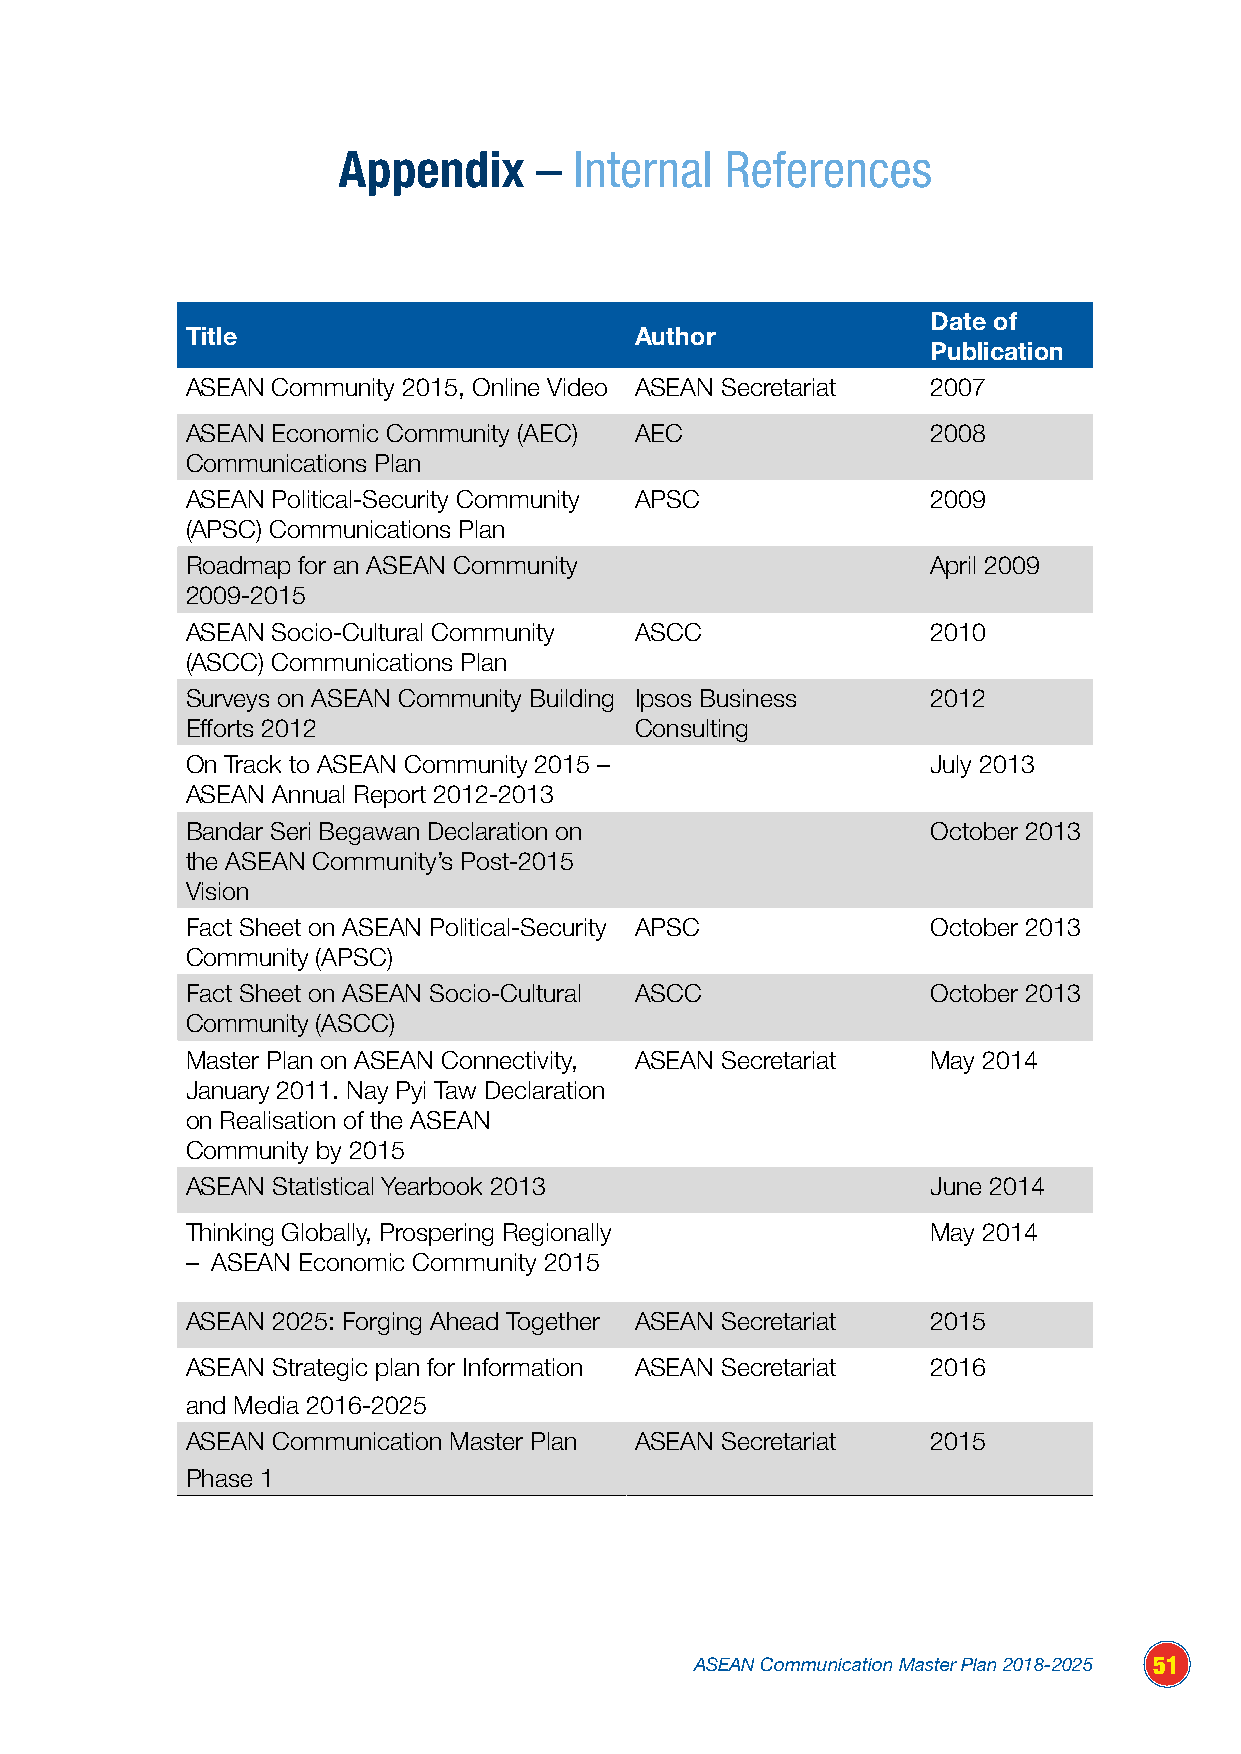
Appendix      – Internal  References
 Date of
 Title                         Author
 Publication
 ASEAN Community 2015, Online Video ASEAN Secretariat 2007
 ASEAN Economic Community (AEC) AEC                2008
 Communications Plan
 ASEAN Political-Security Community APSC           2009
 (APSC) Communications Plan
 Roadmap for an ASEAN Community                    April 2009
 2009-2015
 ASEAN Socio-Cultural Community ASCC               2010
 (ASCC) Communications Plan
 Surveys on ASEAN Community Building Ipsos Business 2012
 Efforts 2012                  Consulting
 On Track to ASEAN Community 2015 –                July 2013
 ASEAN Annual Report 2012-2013
 Bandar Seri Begawan Declaration on                October 2013
 the ASEAN Community’s Post-2015
 Vision
 Fact Sheet on ASEAN Political-Security APSC       October 2013
 Community (APSC)
 Fact Sheet on ASEAN Socio-Cultural ASCC           October 2013
 Community (ASCC)
 Master Plan on ASEAN Connectivity, ASEAN Secretariat May 2014
 January 2011. Nay Pyi Taw Declaration
 on Realisation of the ASEAN
 Community by 2015
 ASEAN Statistical Yearbook 2013                   June 2014
 Thinking Globally, Prospering Regionally          May 2014
 – ASEAN Economic Community 2015
 ASEAN 2025: Forging Ahead Together ASEAN Secretariat 2015
 ASEAN Strategic plan for Information ASEAN Secretariat 2016
 and Media 2016-2025
 ASEAN Communication Master Plan ASEAN Secretariat 2015
 Phase 1
 ASEAN Communication Master Plan 2018-2025 51